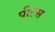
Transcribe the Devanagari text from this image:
पीटस